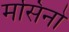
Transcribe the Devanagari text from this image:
मसिनो